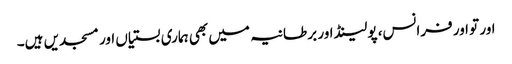
اور تو اور فرانس، پولینڈ اور بر طانیہ میں بھی ہماری بستیاں اور مسجدیں ہیں۔